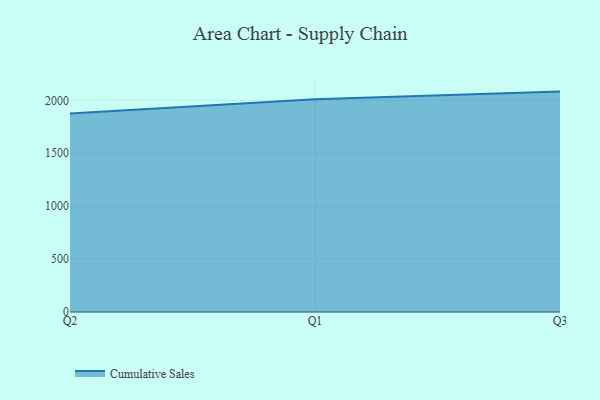
{"axis": {"x": "Quarter", "y": "Churn Rate (%)"}, "legend": ["Cumulative Sales"], "data": [{"x": "Q2", "y": 1877.1, "type": "Cumulative Sales"}, {"x": "Q1", "y": 2009.6, "type": "Cumulative Sales"}, {"x": "Q3", "y": 2083.0, "type": "Cumulative Sales"}]}